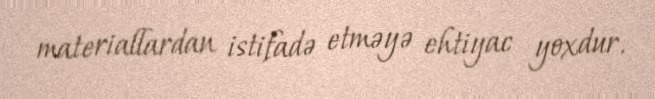
materiallardan istifadə etməyə ehtiyac yoxdur.